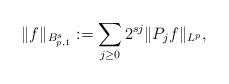
LaTeX: \begin{align*}\| f\|_{B^s_{p,1}} := \sum_{j \ge 0} 2^{s j} \|P_j f \|_{L^p} ,\end{align*}